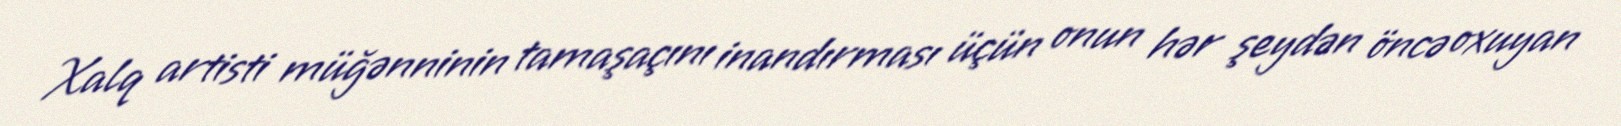
Xalq artisti müğənninin tamaşaçını inandırması üçün onun hər şeydən öncə oxuyan